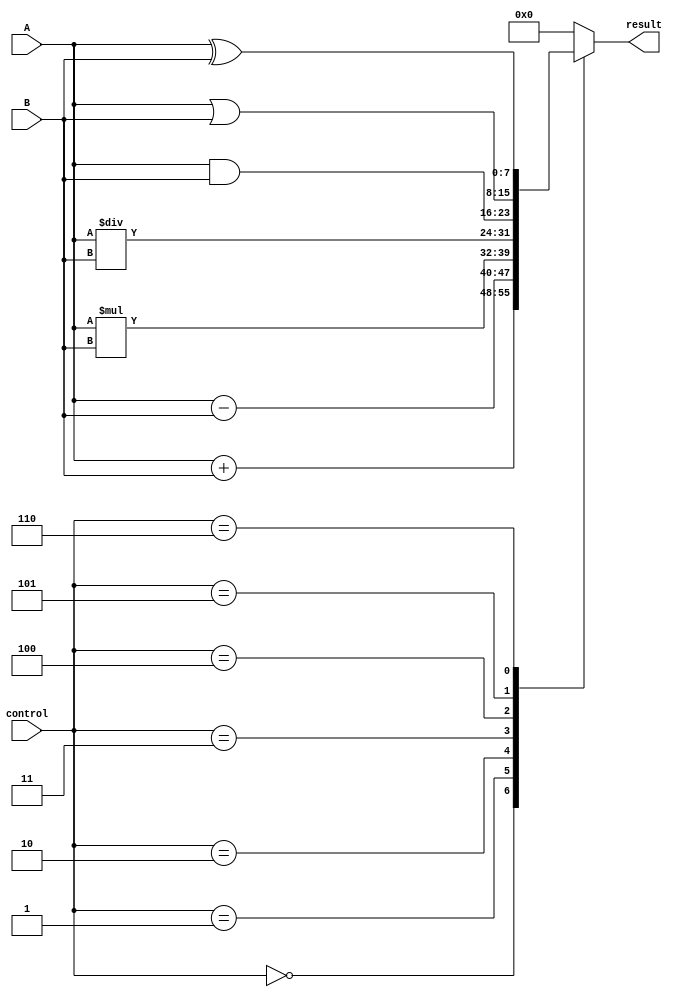
module ALU(input [7:0] A, input [7:0] B, input [2:0] control, output reg [7:0] result);

  always @(A, B, control)
    case (control)
      
      3'd0: result <= A + B; // Adder operation
      3'd1: result <= A - B; // Subtractor operation
      3'd2: result <= A * B; // Multiplier operation
      3'd3: result <= A / B; // Divider operation
      3'd4: result <= A & B; // AND operation
      3'd5: result <= A | B; // OR operation
      3'd6: result <= A ^ B; // XOR operation
      
      default: result <= 8'd0; // Default output
      
    endcase

endmodule